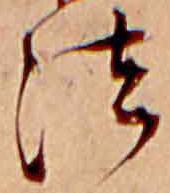
法